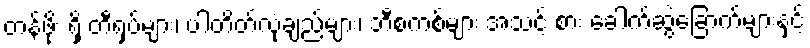
တန်ဖိုး ရှိ တီရှပ်များ၊ ပါတိတ်လုံချည်များ၊ ဘီစကစ်များ အသင့် စား ခေါက်ဆွဲခြောက်များနှင့်